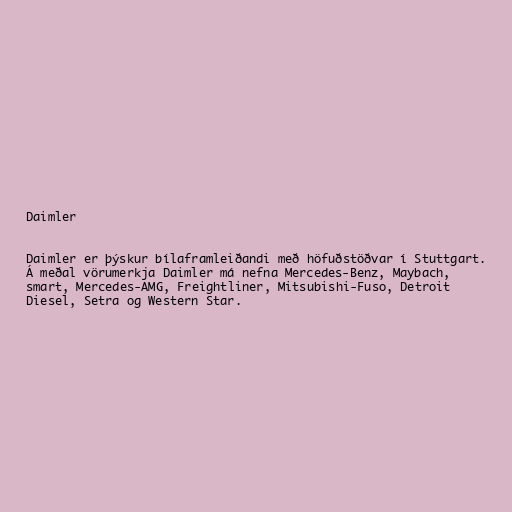
Daimler

Daimler er þýskur bílaframleiðandi með höfuðstöðvar í Stuttgart.
Á meðal vörumerkja Daimler má nefna Mercedes-Benz, Maybach,
smart, Mercedes-AMG, Freightliner, Mitsubishi-Fuso, Detroit
Diesel, Setra og Western Star.